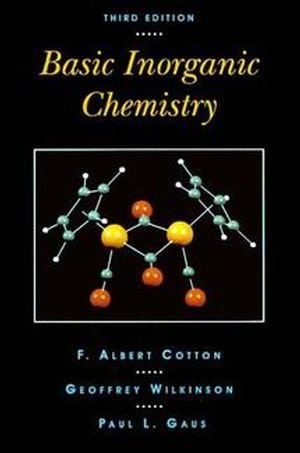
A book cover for Basic Inorganic Chemistry, 3rd Edition; F. Albert Cotton; Science & Math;